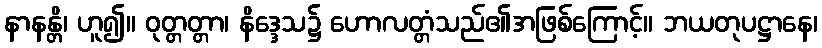
နာနန္တိ၊ ဟူ၍။ ဝုတ္တတ္တာ၊ နိဒ္ဒေသ၌ ဟောလတ္တံသည်၏အဖြစ်ကြောင့်။ ဘယတုပဋ္ဌာနေ၊